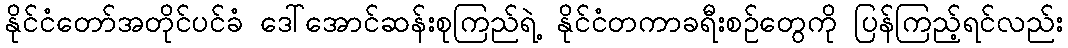
နိုင်ငံတော်အတိုင်ပင်ခံ ဒေါ်အောင်ဆန်းစုကြည်ရဲ့ နိုင်ငံတကာခရီးစဉ်တွေကို ပြန်ကြည့်ရင်လည်း